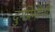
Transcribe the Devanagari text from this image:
दुर्गप्रेमींनी